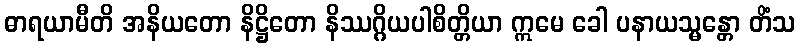
ဓာရယာမီတိ အနိယတော နိဋ္ဌိတော နိဿဂ္ဂိယပါစိတ္တိယာ ဣမေ ခေါ ပနာယသ္မန္တော တိံသ